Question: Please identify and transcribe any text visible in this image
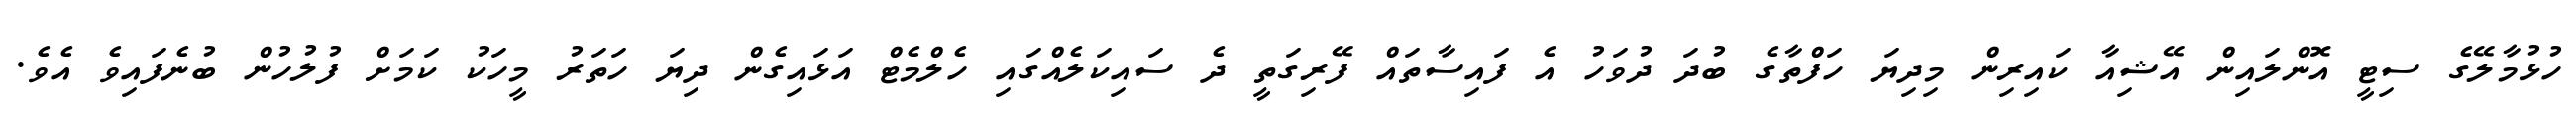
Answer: ހުޅުމާލޭގެ ސިޓީ އޮންލައިން އޭޝިއާ ކައިރިން މިދިޔަ ހަފްތާގެ ބުދަ ދުވަހު އެ ފައިސާތައް ފޭރިގަތީ ދެ ސައިކަލެއްގައި ހެލްމެޓް އަޅައިގެން ދިޔަ ހަތަރު މީހަކު ކަމަށް ފުލުހުން ބުނެފައިވެ އެވެ.